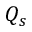
Q _ { s }